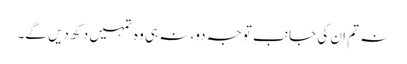
نہ تم ان کی جانب توجہ دو، نہ ہی وہ تمہیں دکھ دیں گے۔